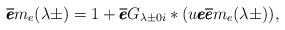
LaTeX: \begin{align*}\overline{\pmb e}m_e(\lambda\pm) = 1+\overline{\pmb e} G_{\lambda \pm 0i}*(u\pmb e\overline{\pmb e} m_e(\lambda\pm)),\end{align*}